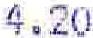
4.20